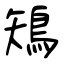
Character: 鴙